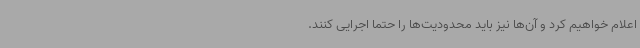
اعلام خواهیم کرد و آن‌ها نیز باید محدودیت‌ها را حتما اجرایی کنند.